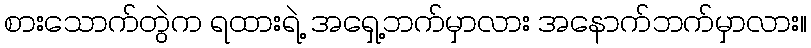
စားသောက်တွဲက ရထားရဲ့ အရှေ့ဘက်မှာလား အနောက်ဘက်မှာလား။